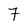
Character: 7